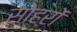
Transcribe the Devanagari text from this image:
सोहरों